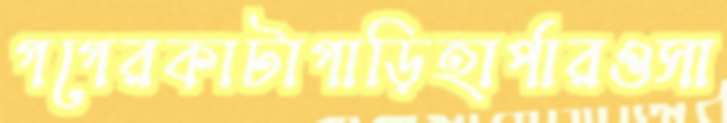
গগেরকাটাগাড়িহার্পারওসা